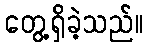
တွေ့ရှိခဲ့သည်။